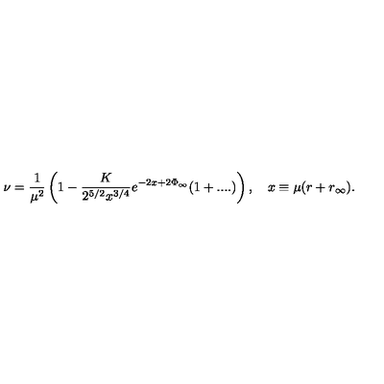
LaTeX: \nu = \frac { 1 } { \mu ^ { 2 } } \left( 1 - \frac { K } { 2 ^ { 5 / 2 } x ^ { 3 / 4 } } e ^ { - 2 x + 2 \Phi _ { \infty } } ( 1 + . . . . ) \right) , \quad x \equiv \mu ( r + r _ { \infty } ) .